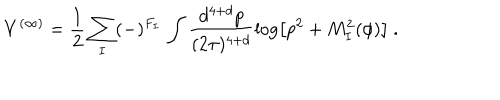
LaTeX: V ^ { ( \infty ) } = \frac { 1 } { 2 } \sum _ { I } ( - ) ^ { F _ { I } } \, \int \frac { d ^ { 4 + d } p } { ( 2 \pi ) ^ { 4 + d } } \log \left[ p ^ { 2 } + M _ { I } ^ { 2 } ( \phi ) \right] \ .